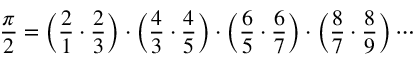
{ \frac { \pi } { 2 } } = { \Big ( } { \frac { 2 } { 1 } } \cdot { \frac { 2 } { 3 } } { \Big ) } \cdot { \Big ( } { \frac { 4 } { 3 } } \cdot { \frac { 4 } { 5 } } { \Big ) } \cdot { \Big ( } { \frac { 6 } { 5 } } \cdot { \frac { 6 } { 7 } } { \Big ) } \cdot { \Big ( } { \frac { 8 } { 7 } } \cdot { \frac { 8 } { 9 } } { \Big ) } \cdots